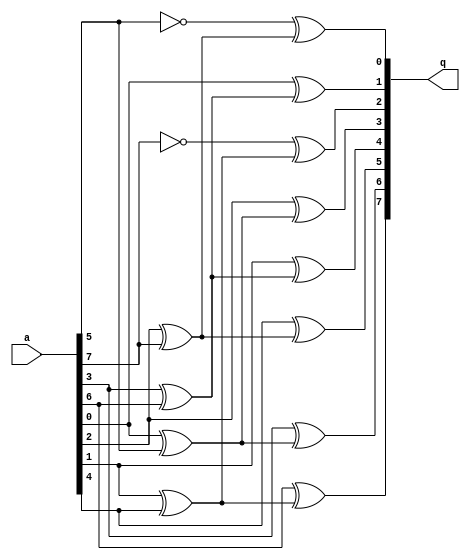
module inv_afine(a,q);
  input  [7:0] a;
  output [7:0] q;
  wire q0, q1, q2, q3, q4, q5, q6, q7;
  wire aA, aB, aC, aD;

  assign aA =  a[0] ^ a[5];
  assign aB =  a[1] ^ a[4];
  assign aC =  a[2] ^ a[7];
  assign aD =  a[3] ^ a[6];
  assign q0 = ~a[5] ^ aC;
  assign q1 =  a[0] ^ aD;
  assign q2 = ~a[7] ^ aB;
  assign q3 =  a[2] ^ aA;
  assign q4 =  a[1] ^ aD;
  assign q5 =  a[4] ^ aC;
  assign q6 =  a[3] ^ aA;
  assign q7 =  a[6] ^ aB;

  assign   q  = {q7, q6, q5, q4, q3, q2, q1, q0};

endmodule